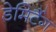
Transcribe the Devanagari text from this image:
डेमिर्टैग